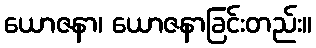
ယောဇနာ၊ ယောဇနာခြင်းတည်း။